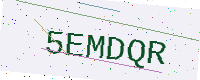
Text: 5EMDQR